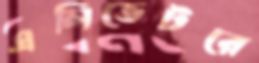
এলিভেটরে